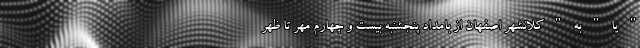
" یا " به " کلانشهر اصفهان از بامداد پنجشنبه بیست و چهارم مهر تا ظهر